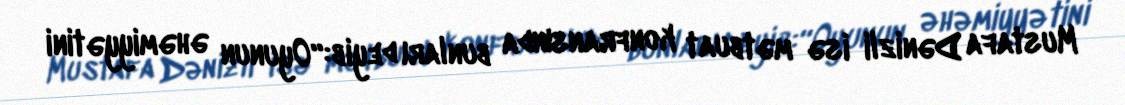
Mustafa Dənizli isə mətbuat konfransında bunları deyib:“Oyunun əhəmiyyətini